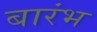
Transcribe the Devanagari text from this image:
बारंभ